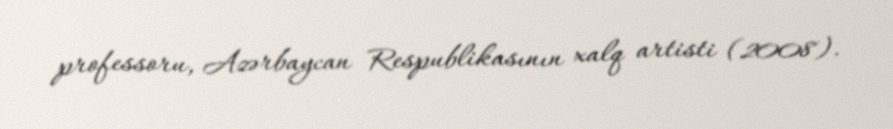
professoru, Azərbaycan Respublikasının xalq artisti (2008).